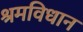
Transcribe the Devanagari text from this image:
श्रमविधान